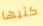
كتبها